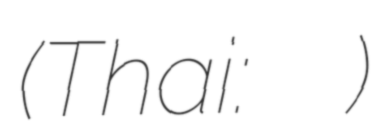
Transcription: (Thai: เดอะ พิซซ่า คอมปะนี)